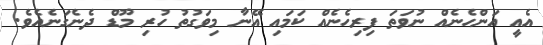
އެއީ އަންހެނެއް ނުވަތަ ފިރިހެނެއް ކަމައި އޭނާ މިވަގުތު ހުރި މޫޑް ދެނެގަނެއެވެ.